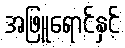
အဖြူရောင်နှင့်